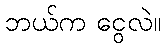
ဘယ်က ငွေလဲ။